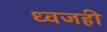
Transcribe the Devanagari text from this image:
ध्वजही